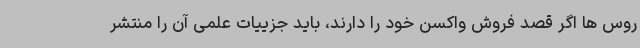
روس ها اگر قصد فروش واکسن خود را دارند، باید جزییات علمی آن را منتشر